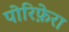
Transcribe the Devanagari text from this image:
पोरिफ़ेरा